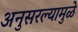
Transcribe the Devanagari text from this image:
अनुसरल्यामुळे